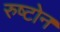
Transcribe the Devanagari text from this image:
रुष्टोन